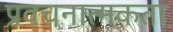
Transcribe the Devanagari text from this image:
प्रवचनात्मकता